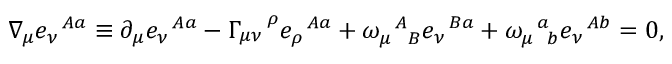
\nabla _ { \mu } e _ { \nu } ^ { \! ~ ~ A a } \equiv \partial _ { \mu } e _ { \nu } ^ { \! ~ ~ A a } - \Gamma _ { \mu \nu } ^ { ~ ~ ~ \rho } e _ { \rho } ^ { \! ~ ~ A a } + \omega _ { \mu ~ ~ B } ^ { \! ~ ~ A } e _ { \nu } ^ { \! ~ ~ B a } + \omega _ { \mu \! ~ ~ b } ^ { \! ~ ~ a } e _ { \nu } ^ { \! ~ ~ A b } = 0 ,